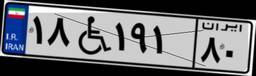
۱۸W۱۹۱۸۰